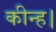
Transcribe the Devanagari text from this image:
कीन्ह।